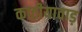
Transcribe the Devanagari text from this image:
काठीयावाड़